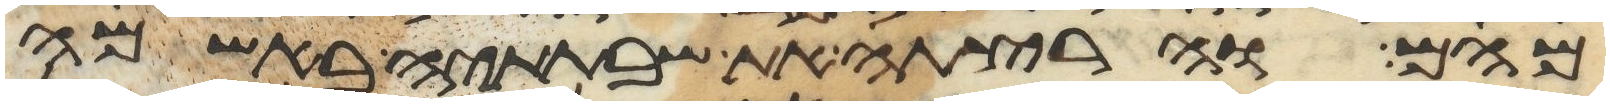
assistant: מהם והרצתה את שבתתיה באשמה